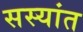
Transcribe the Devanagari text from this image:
सस्यांत